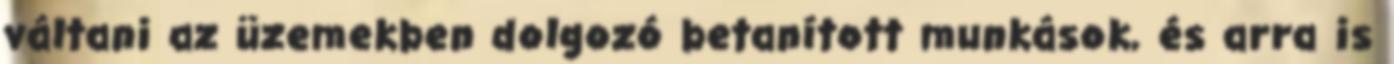
váltani az üzemekben dolgozó betanított munkások, és arra is